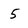
Character: 5